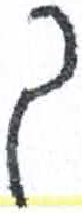
אות: ל